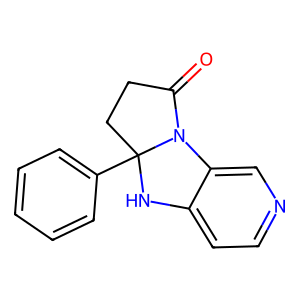
SMILES: O=C1CCC2(c3ccccc3)Nc3ccncc3N12
Inhibits HIV replication: No